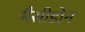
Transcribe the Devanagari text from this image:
मैसीडोन